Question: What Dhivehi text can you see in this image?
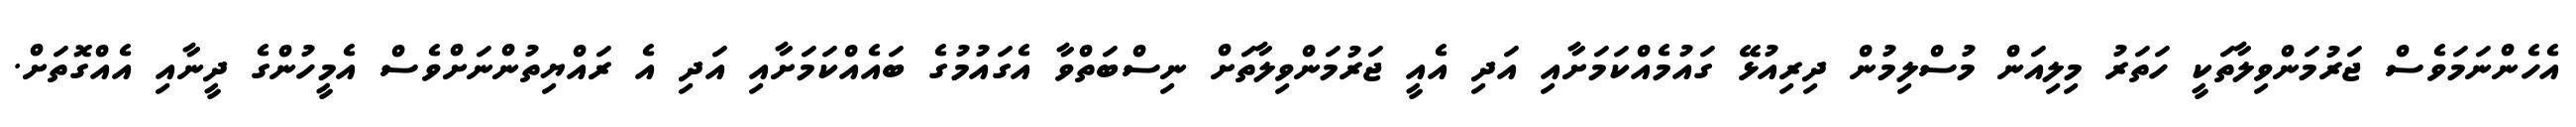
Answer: އެހެންނަމަވެސް ޖަރުމަންވިލާތަކީ ހަތަރު މިލިއަން މުސްލިމުން ދިރިއުޅޭ ގައުމެއްކަމަށާއި އަދި އެއީ ޖަރުމަންވިލާތަށް ނިސްބަތްވާ އެގައުމުގެ ބައެއްކަމަށާއި އަދި އެ ރައްޔިތުންނަށްވެސް އެމީހުންގެ ދީނާއި އެއްގޮތަށް.